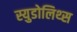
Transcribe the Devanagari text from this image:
स्युडोलिथ्स